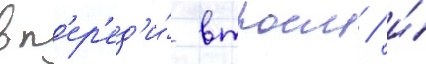
вп'ер'ед'и́ втроем / и́